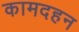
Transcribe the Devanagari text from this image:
कामदहन